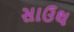
સાઉથ